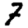
Digit: 7